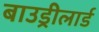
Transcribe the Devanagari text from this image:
बाउड्रीलार्ड